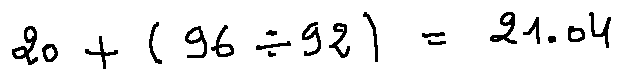
2 0 + ( 9 6 \div 9 2 ) = 2 1 . 0 4